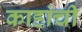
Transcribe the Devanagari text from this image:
काहांची